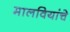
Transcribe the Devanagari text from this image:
मालवियांचे